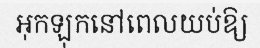
អុកឡុកនៅពេលយប់ឱ្យ